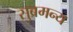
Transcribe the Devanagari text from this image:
सुब्रमन्य